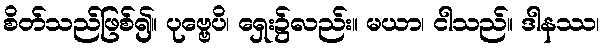
စိတ်သည်ဖြစ်၍။ ပုဗ္ဗေပိ၊ ရှေး၌လည်း။ မယာ၊ ငါသည်။ ဒါနဿ၊